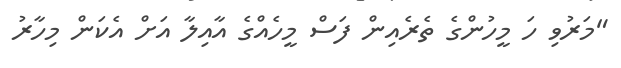
"މަރުވި ހަ މީހުންގެ ތެރެއިން ފަސް މީހެއްގެ އާއިލާ އަށް އެކަން މިހާރު